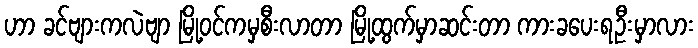
ဟာ ခင်ဗျားကလဲဗျာ မြို့ဝင်ကမှစီးလာတာ မြို့ထွက်မှာဆင်းတာ ကားခပေးရဦးမှာလား